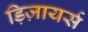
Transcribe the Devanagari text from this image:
ड़िज़ायर्स